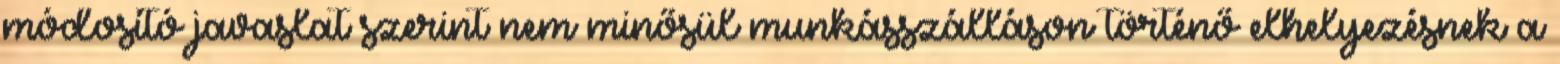
módosító javaslat szerint nem minősül munkásszálláson történő elhelyezésnek a